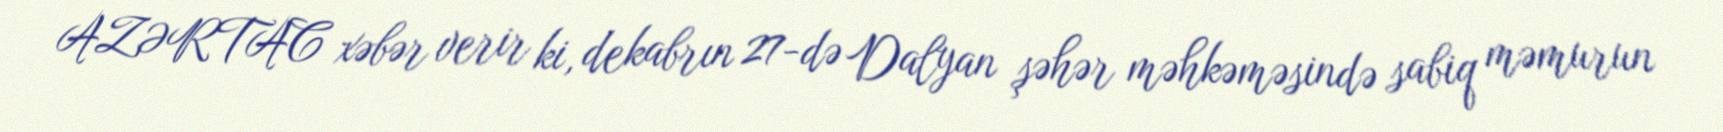
AZƏRTAC xəbər verir ki, dekabrın 27-də Dalyan şəhər məhkəməsində sabiq məmurun